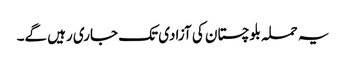
یہ حملہ بلوچستان کی آزادی تک جاری رہیں گے۔